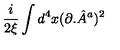
\frac { i } { 2 \xi } \int d ^ { 4 } x ( \partial . { \hat { A } } ^ { a } ) ^ { 2 }